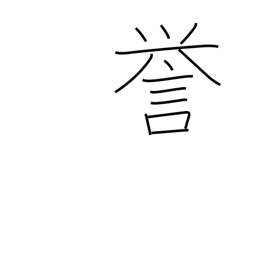
Meaning: reputation